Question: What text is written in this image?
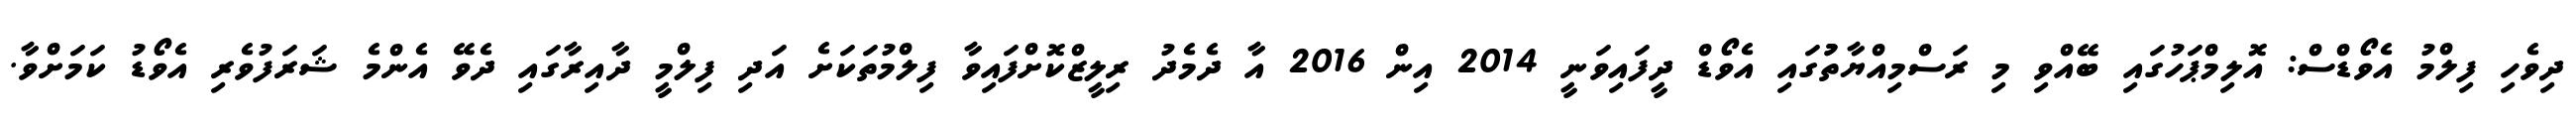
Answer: ދިވެހި ފިލްމު އެވޯޑްސް: އޮލިމްޕަހުގައި ބޭއްވި މި ރަސްމިއްޔާތުުގައި އެވޯޑް ދީފައިވަނީ 2014 އިން 2016 އާ ދެމެދު ރިލީޒްކޮށްފައިވާ ފިލްމުތަކަށެ އަދި ފިލްމީ ދާއިރާގައި ދެވޭ އެންމެ ޝަރަފުވެރި އެވޯޑު ކަމަށްވާ.